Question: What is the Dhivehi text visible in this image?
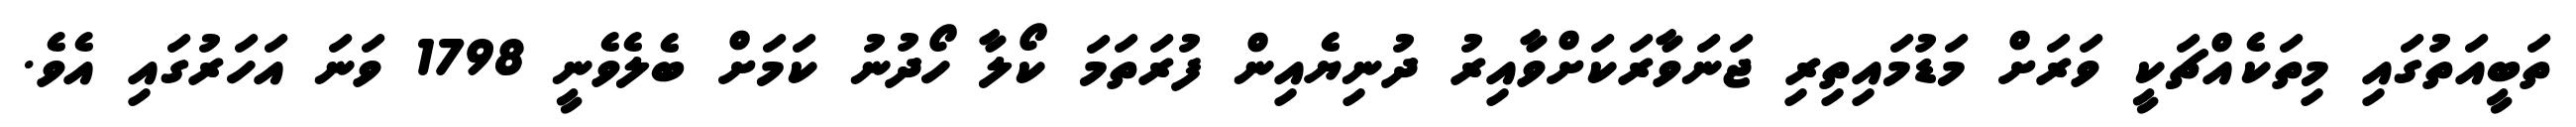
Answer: ތަބީއަތުގައި މިތަކެއްޗަކީ ވަރަށް މަޑުމައިތިރި ޖަނަވާރަކަށްވާއިރު ދުނިޔެއިން ފުރަތަމަ ކޯލާ ހޯދުނު ކަމަށް ބެލެވެނީ 1798 ވަނަ އަހަރުގައި އެވެ.